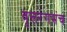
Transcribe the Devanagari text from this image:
वृत्तरंगमंच